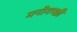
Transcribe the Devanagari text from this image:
मनीगच्छी